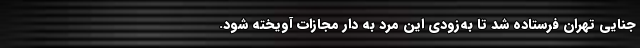
جنایی تهران فرستاده شد تا به‌زودی این مرد به دار مجازات آویخته شود.